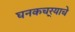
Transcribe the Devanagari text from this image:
घनकचर्‍याचे